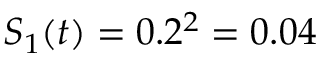
S _ { 1 } ( t ) = 0 . 2 ^ { 2 } = 0 . 0 4